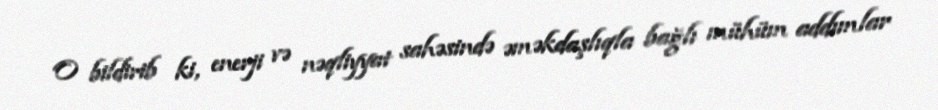
O bildirib ki, enerji və nəqliyyat sahəsində əməkdaşlıqla bağlı mühüm addımlar